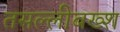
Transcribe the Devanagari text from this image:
तसल्लीबख्श